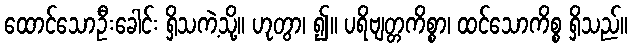
ထောင်သောဦးခေါင်း ရှိသကဲ့သို့။ ဟုတွာ၊ ၍။ ပရိဗျတ္တကိစ္စာ၊ ထင်သောကိစ္စ ရှိသည်။